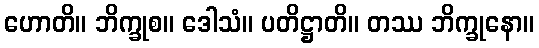
ဟောတိ။ ဘိက္ခုစ။ ဒေါသံ။ ပတိဋ္ဌာတိ။ တဿ ဘိက္ခုနော။